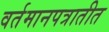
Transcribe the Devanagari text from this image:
वर्तमानपत्रातीत